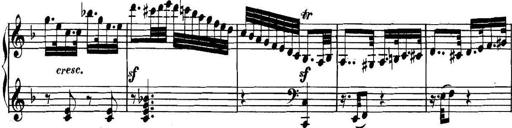
Title: Collected Piano Sonatas
Composer: Muzio Clementi